system: You are a helpful assistant.
user:
Analyze the provided spectrum to determine if it is a **M-type Giant (gM)**.

A M-type Giant spectrum is defined by its **strong molecular absorption** features, particularly from **Titanium Oxide (TiO)**. You must check for one of the following mutually exclusive signatures:

- **Key Visual Indicators (Absorption-Dominated Spectrum):**

    - **(Primary):** The spectrum is dominated by strong molecular absorption from **Titanium Oxide (TiO)**. This is the **defining feature** of its M-type temperature class.
        - **(Key Bandheads):** Look for sharp, "saw-tooth" absorption valleys. The strongest are located near **~7050 Å**, **~6160 Å**, and **~5170 Å**.
        - **(Line Profile):** The "saw-tooth" morphology is critical: a **sharp, steep drop on the BLUE (short-wavelength) side** of the bandhead, followed by a gradual recovery (rising flux) towards the RED (long-wavelength) side.

    - **(Key Confirmation - Giant vs. Dwarf):** **ABSENCE** of strong **Calcium Hydride (CaH)** molecular bands. This is the primary diagnostic for *excluding* M-dwarfs.
        - **(Key Region):** The spectrum should lack the strong, broad absorption band seen in dwarfs between **~6800 Å and ~7000 Å**.

    - **(Secondary Confirmation - Giant):** A very strong and broad **Neutral Calcium (Ca I)** atomic absorption line.
        - **(Key Line):** Located at **~4226 Å**. In a giant (gM), this line is significantly deeper and broader than the same line in an M-dwarf (dM) due to low surface gravity.

    - **(Overall Spectrum):**
        - The continuum is **extremely red-sloping** (i.e., flux is very low in the blue and rises dramatically towards the red).
        - The entire spectrum appears "chopped up" by the deep TiO bands.

Think first, call **spectral_visualization_tool** if needed to examine features in detail, then provide your final answer. Your response must adhere to the following strict rules:
1.  **Overall Structure:** Your response must follow the format `<think>...</think> <tool_call>...</tool_call> (if a tool is used) <answer>...</answer>`.
2.  **Tool Usage Constraint:** You may only make **one** tool call per turn.
3.  **Final Answer Format:** In the `<answer>` tag, your conclusion must be inside a `\boxed{}` command (e.g., `\boxed{YES}` or `\boxed{NO}`), followed by your justification.

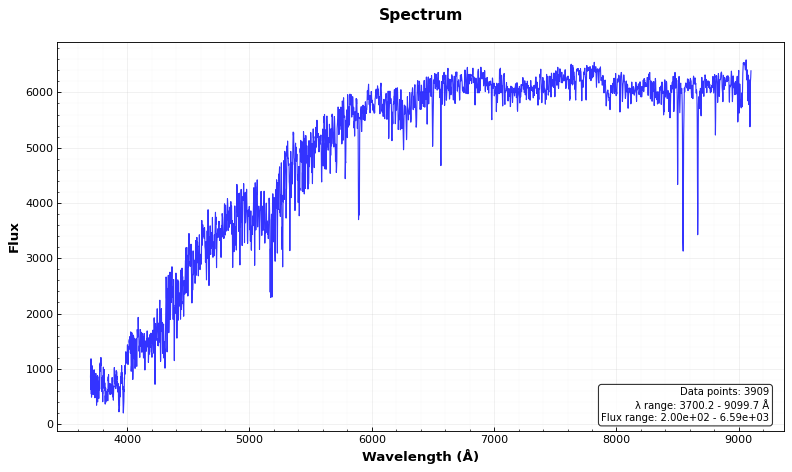
Answer: NO